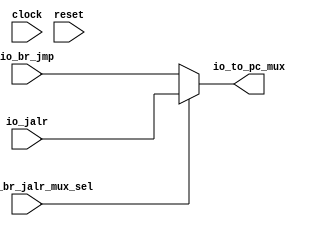
`ifdef RANDOMIZE_GARBAGE_ASSIGN
`define RANDOMIZE
`endif
`ifdef RANDOMIZE_INVALID_ASSIGN
`define RANDOMIZE
`endif
`ifdef RANDOMIZE_REG_INIT
`define RANDOMIZE
`endif
`ifdef RANDOMIZE_MEM_INIT
`define RANDOMIZE
`endif

module jmp_br_jalr_mux(
  input         clock,
  input         reset,
  input  [31:0] io_br_jmp,
  input  [31:0] io_jalr,
  input         io_jmp_br_jalr_mux_sel,
  output [31:0] io_to_pc_mux
);
  wire [31:0] _T_12;
  assign io_to_pc_mux = _T_12;
  assign _T_12 = io_jmp_br_jalr_mux_sel ? io_jalr : io_br_jmp;
endmodule